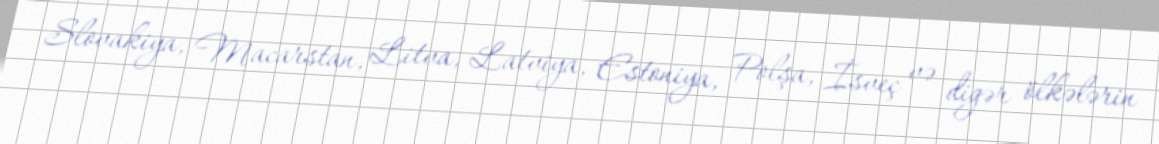
Slovakiya, Macarstan, Litva, Latviya, Estoniya, Polşa, İsveç və digər ölkələrin